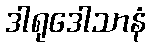
ဒါရုဒေါသာနံ